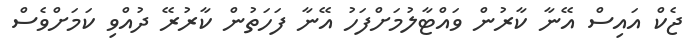
ޖެކް އައިސް އޭނާ ކާރުން ވައްޓާލުމަށްފަހު އޭނާ ފަހަތުން ކާރުރޭ ދުއްވި ކަމަށްވެސް